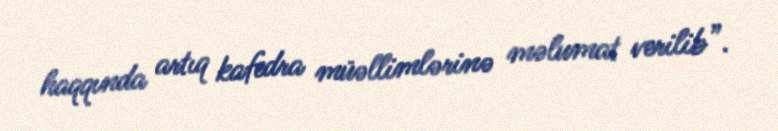
haqqında artıq kafedra müəllimlərinə məlumat verilib”.